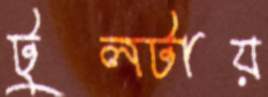
টুলটায়